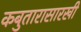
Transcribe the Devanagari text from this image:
कबुतारासारखी